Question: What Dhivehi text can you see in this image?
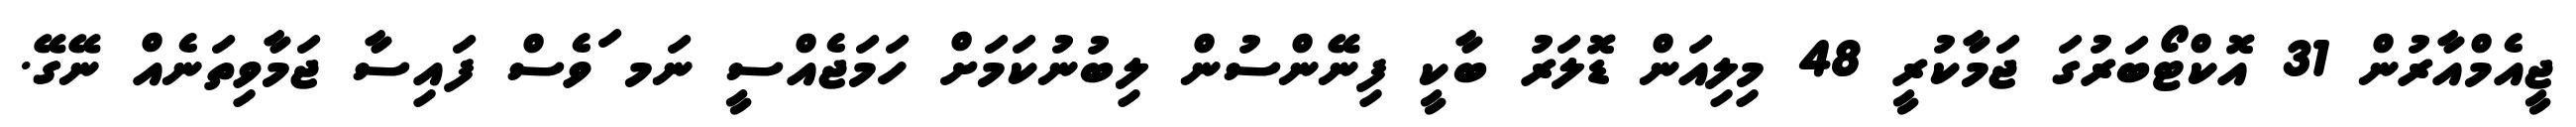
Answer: ޖީއެމްއާރުން 31 އޮކްޓޯބަރުގަ ޖަމާކުރީ 48 މިލިއަން ޑޮލަރު ބާކީ ފިނޭންސުން ލިބުނުކަމަށް ހަމަޖެއްސީ ނަމ ަވެސް ފައިސާ ޖަމާވިތަނެއް ނޭގޭ.